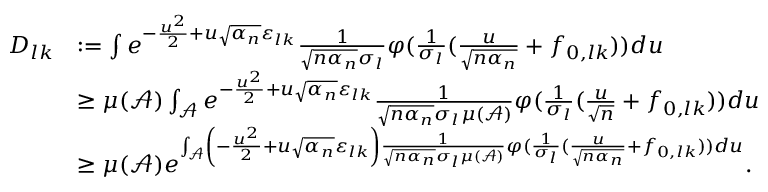
\begin{array} { r l } { D _ { l k } } & { : = \int e ^ { - \frac { u ^ { 2 } } { 2 } + u \sqrt { \alpha _ { n } } \varepsilon _ { l k } } \frac { 1 } { \sqrt { n \alpha _ { n } } \sigma _ { l } } \varphi ( \frac { 1 } { \sigma _ { l } } ( \frac { u } { \sqrt { n \alpha _ { n } } } + f _ { 0 , l k } ) ) d u } \\ & { \geq \mu ( \mathcal { A } ) \int _ { \mathcal { A } } e ^ { - \frac { u ^ { 2 } } { 2 } + u \sqrt { \alpha _ { n } } \varepsilon _ { l k } } \frac { 1 } { \sqrt { n \alpha _ { n } } \sigma _ { l } \mu ( \mathcal { A } ) } \varphi ( \frac { 1 } { \sigma _ { l } } ( \frac { u } { \sqrt { n } } + f _ { 0 , l k } ) ) d u } \\ & { \geq \mu ( \mathcal { A } ) e ^ { \int _ { \mathcal { A } } \left( - \frac { u ^ { 2 } } { 2 } + u \sqrt { \alpha _ { n } } \varepsilon _ { l k } \right) \frac { 1 } { \sqrt { n \alpha _ { n } } \sigma _ { l } \mu ( \mathcal { A } ) } \varphi ( \frac { 1 } { \sigma _ { l } } ( \frac { u } { \sqrt { n \alpha _ { n } } } + f _ { 0 , l k } ) ) d u } . } \end{array}